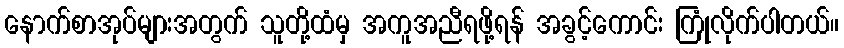
နောက်စာအုပ်များအတွက် သူတို့ထံမှ အကူအညီရဖို့ရန် အခွင့်ကောင်း ကြုံလိုက်ပါတယ်။